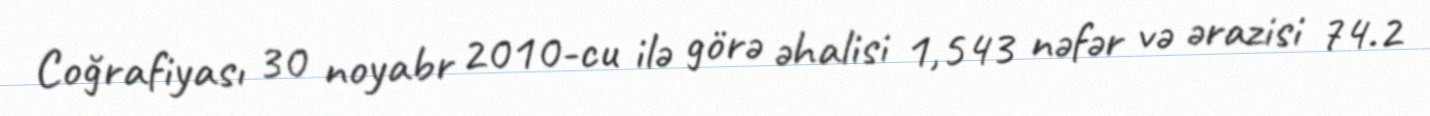
Coğrafiyası 30 noyabr 2010-cu ilə görə əhalisi 1,543 nəfər və ərazisi 74.2